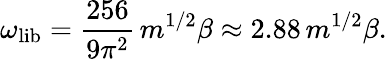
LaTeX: \omega_{\mathrm{lib}}=\frac{256}{9\pi^{2}}\, m^{1/2}\beta\approx 2.88\, m^{1/2}\beta.